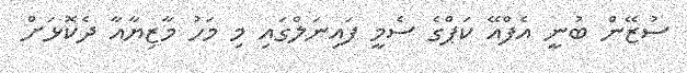
ސުޒޭން ބުނީ އެފްއޭ ކަޕްގެ ސެމީ ފައިނަލްގައި މި މަހު މާޒިޔާއާ ދެކޮޅަށް